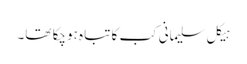
ہیکل سلیمانی کب کا تباہ ہوچکا تھا۔